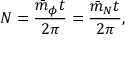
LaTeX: N = \frac { \bar { m } _ { \phi } t } { 2 \pi } = \frac { \bar { m } _ { N } t } { 2 \pi } ,